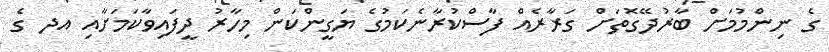
ގެ ނިންމުމަށް ބާރުދޭގޮތަށް ގަރާރެއް ފާސްކުރާނެކަމުގެ ޔަގީންކަން މިހާރު ދީފައިވާކަމަށާއި އދ ގެ